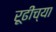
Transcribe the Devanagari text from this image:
रूढींच्या